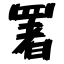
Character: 署